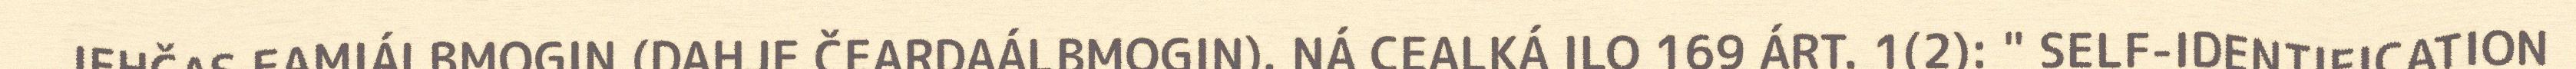
IEHČAS EAMIÁLBMOGIN (DAHJE ČEARDAÁLBMOGIN). NÁ CEALKÁ ILO 169 ÁRT. 1(2): " SELF-IDENTIFICATION